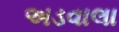
અડવાલા